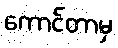
ကောင်တာမှ